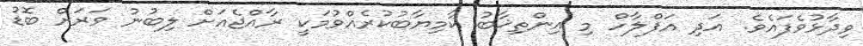
ވިދާޅުވެފައެވެ. އަދި އަފްލާހް މި އިންތިޚާބު ކާމިޔާބުކުރެއްވުމަކީ ރާއްޖެއަށް ލިބުނު ވަރަށް ބޮޑު